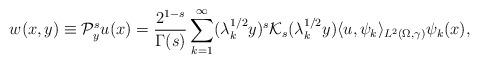
LaTeX: \begin{align*}w(x,y)\equiv\mathcal{P}_y^su(x)=\frac{2^{1-s}}{\Gamma(s)}\sum_{k=1}^{\infty}(\lambda_k^{1/2}y)^s\mathcal{K}_s(\lambda_k^{1/2}y)\langle u,\psi_{k}\rangle_{L^{2}(\Omega,\gamma)}\psi_{k}(x),\end{align*}